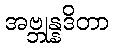
အဗ္ဘုန္နဒိတာ